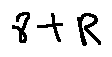
8 + R